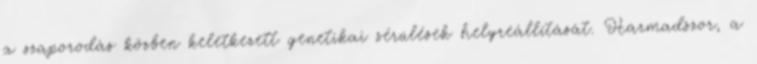
a szaporodás közben keletkezett genetikai sérülések helyreállítását. Harmadszor, a